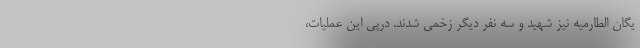
یگان الطارمیه نیز شهید و سه نفر دیگر زخمی شدند. درپی این عملیات،